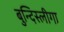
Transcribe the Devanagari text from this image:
बुन्दिस्लीगा